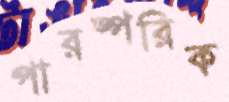
পারষ্পরিক